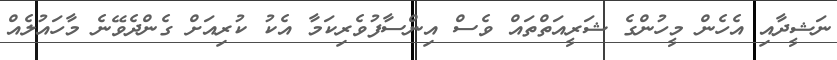
ނަޝީދާއި އެހެން މީހުންގެ ޝަރީއަތްތައް ވެސް އިންސާފުވެރިކަމާ އެކު ކުރިއަށް ގެންދެވޭނެ މާހައުލެއް